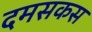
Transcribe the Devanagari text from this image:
दमसकस